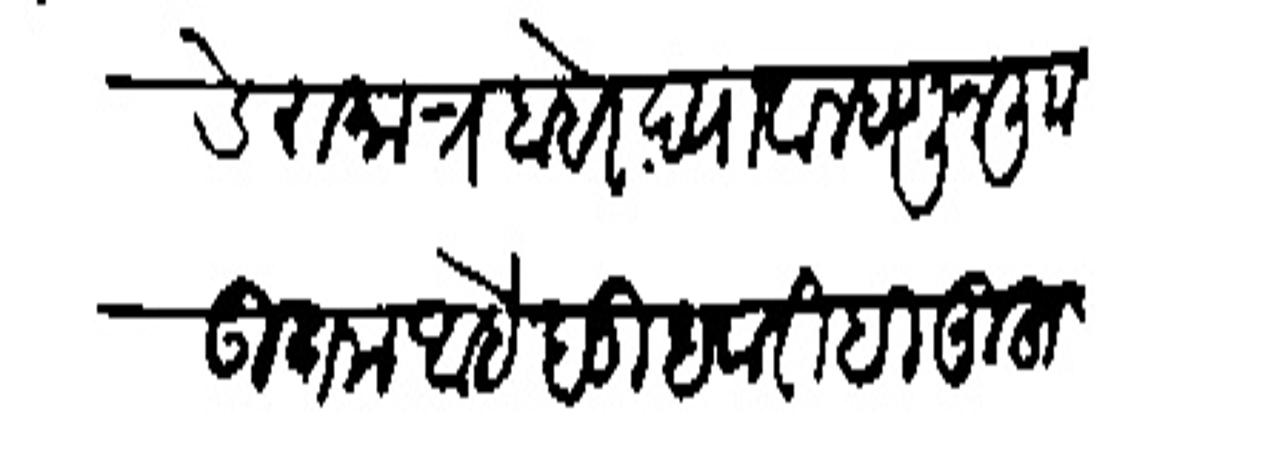
Transliteration (Devanagari): डेरा मात्र बाहेर द्यावा म्हणून लिा उतम आहे बुधवारीही मुहूर्त